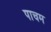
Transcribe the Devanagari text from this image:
पाचम